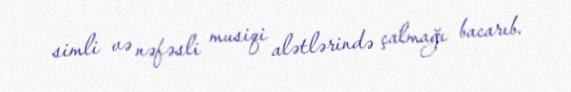
simli və nəfəsli musiqi alətlərində çalmağı bacarıb.